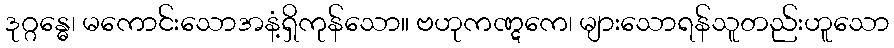
ဒုဂ္ဂန္ဓေ၊ မကောင်းသောအနံ့ရှိကုန်သော။ ဗဟုကဏ္ဋကေ၊ များသောရန်သူတည်းဟူသော